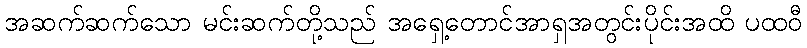
အဆက်ဆက်သော မင်းဆက်တို့သည် အရှေ့တောင်အာရှအတွင်းပိုင်းအထိ ပထဝီ